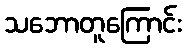
သဘောတူကြောင်း